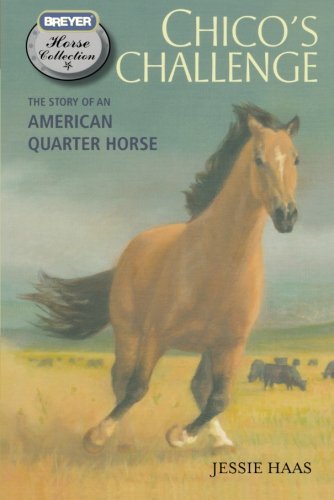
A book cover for Chico's Challenge: The Story of an American Quarter Horse (The Breyer Horse Collection); Jessie Haas; Children's Books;